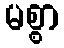
မစ္စာ